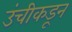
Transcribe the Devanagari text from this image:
उंचीकडून